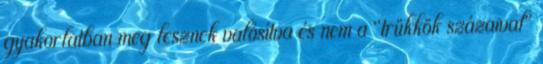
gyakorlatban meg lesznek valósítva és nem a "trükkök százaival"